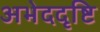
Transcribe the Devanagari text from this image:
अभेददृष्टि